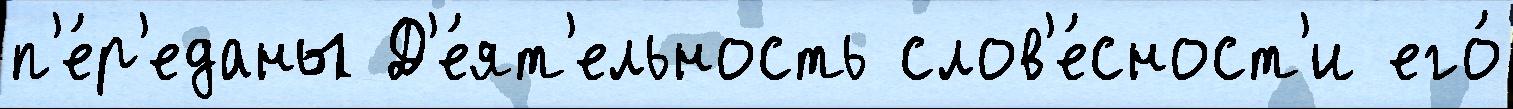
п'е́р'еданы Д'е́ят'ельность слов'е́сност'и его́